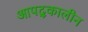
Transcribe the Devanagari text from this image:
आपद्कालीन